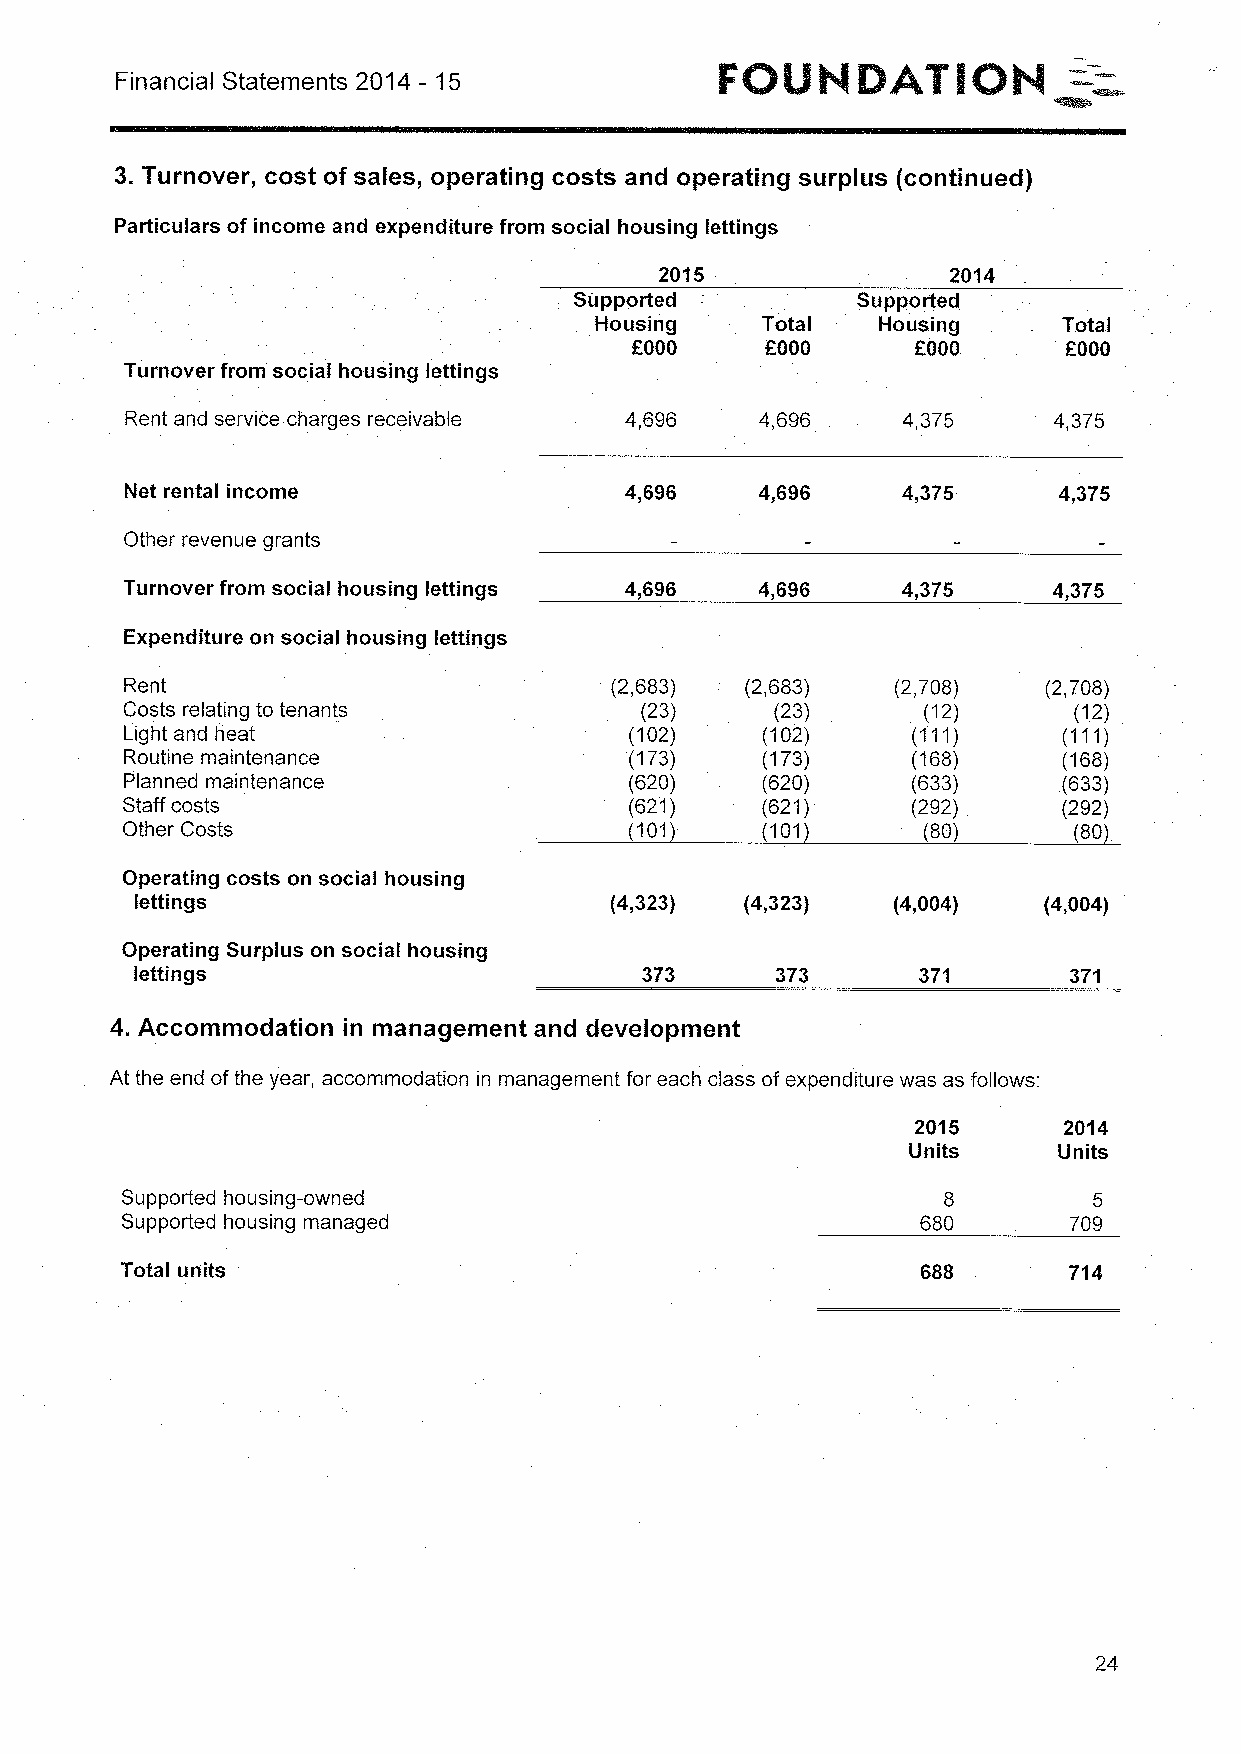
Financial Statements 2014 - 15
 3.Turnover, cost of sales, operating costs and operating surplus fcontinued)
 Particulars of income and expenditure from social housing lettings
 2015               2014
 Supported          Supported
 Housing    Total   Housing     Total
 f000      f000
 OOOO                         MOOG
 Turnover from social housing lettings
 Rent and service charges receivable 4,696 4,696     4,375     4,375
 Net rental income                4,696    4„696     4,375     4,375
 Other revenue grants
 Turnover from social housing lettings 4,696 4,696   4,375     4,375
 Expenditure on social housing lettings
 Rent                            (2,683)  (2,683)   (2,708)   (2,708)
 Costs relating to tenants         (23)     (23)      (12)      (12)
 Light and heat                    (102)   (102)     (111)     (111)
 Routine maintenance               (173)   (173)     (168)     (168)
 Planned maintenance               (620)   (620)     (633)     (633)
 Staff costs                       (621)   (621)     (292)     (292)
 Other Costs                       101     (101       (80)       80
 Operating costs on social housing
 lettings                       (4,323)  (4,323)   (4,004)   (4„004)
 Operating Surplus on social housing
 lettings                         373      373       371       371
 4.Accommodation in management and development
 At the end ofthe year, accommodation in management for each class of expenditure was as follows:
 2015      2014
 Units     Units
 Supported housing-owned                               8         5
 Supported housing managed                            680       709
 Total units                                          688       714
 24